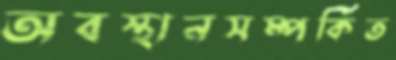
অবস্থানসম্পর্কিত